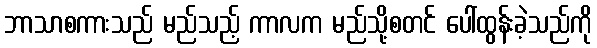
ဘာသာစကားသည် မည်သည့် ကာလက မည်သို့စတင် ပေါ်ထွန်းခဲ့သည်ကို